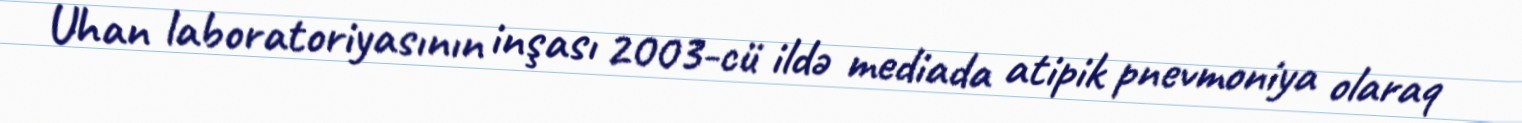
Uhan laboratoriyasının inşası 2003-cü ildə mediada atipik pnevmoniya olaraq